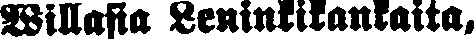
Willasia Leninkikankaita,